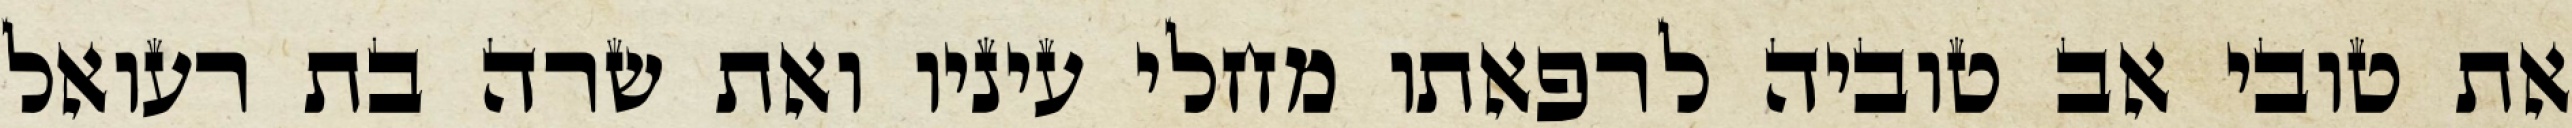
את טובי אב טוביה לרפאתו מחלי עיניו ואת שרה בת רעואל